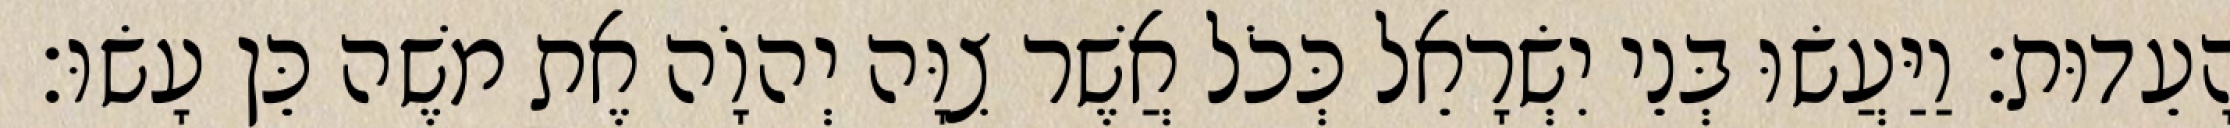
הָעֵדוּת׃ וַיַּעֲשׂוּ בְּנֵי יִשְׂרָאֵל כְּכֹל אֲשֶׁר צִוָּה יְהוָֹה אֶת משֶׁה כֵּן עָשׂוּ׃